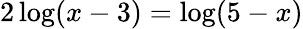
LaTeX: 2\log(x-3)=\log(5-x)